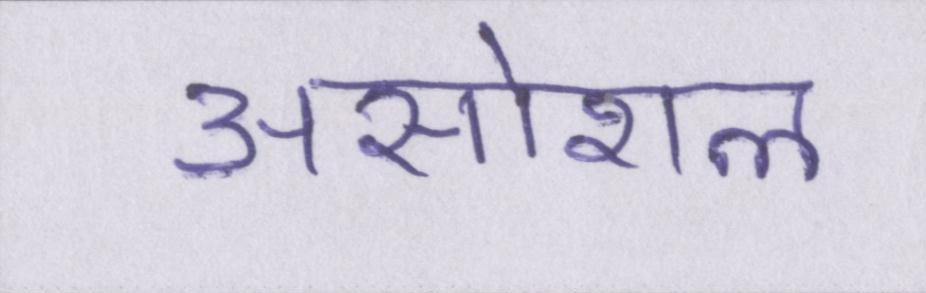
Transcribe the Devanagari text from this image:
असोशल